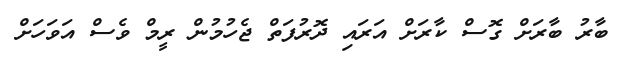
ބާރު ބާރަށް ގޮސް ކާރަށް އަރައި ދޮރުފަތް ޖެހުމުން ރީމް ވެސް އަވަހަށް